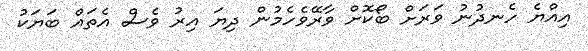
އިއްޔެ ހެނދުނު ވަރަށް ބޯކޮށް ވާރޭވެހެމުން ދިޔަ އިރު ވެސް އެތައް ބަޔަކު